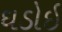
ઘડોઇ